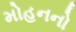
મોહનનો